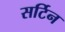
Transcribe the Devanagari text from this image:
सर्टिन